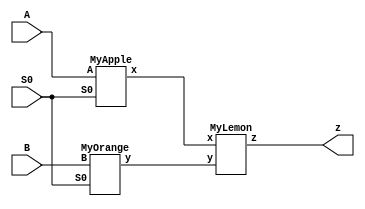
module MyFruitBasket (input A, input B, input S0, output z);
	 wire x, y;
	 MyApple  an_apple_chip(.A(A), .S0(S0), .x(x));
	 MyOrange an_orange_chip(.y(y), .B(B), .S0(S0));
	 MyLemon  a_lemon_chip(.y(y), .z(z), .x(x));
endmodule

module MyApple (input A, input S0, output x);
    assign x = A & ~S0;
endmodule

module MyOrange (input B, input S0, output y);
    assign y = B & S0;
endmodule

module MyLemon (input x, input y, output z);
    assign z = x | y;
endmodule